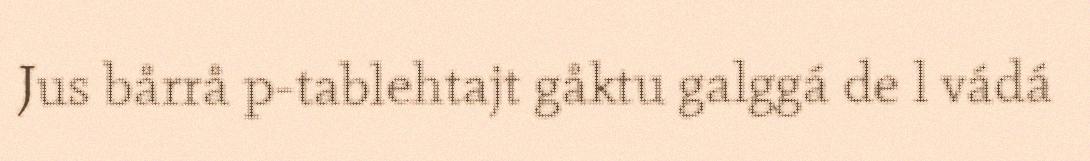
Jus bårrå p-tablehtajt gåktu galggá de l vádá